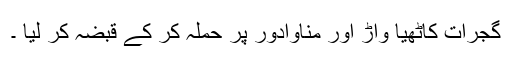
گجرات کاٹھیا واڑ اور مناوادور پر حملہ کر کے قبضہ کر لیا ۔